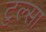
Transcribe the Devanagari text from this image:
टुल्‍सा